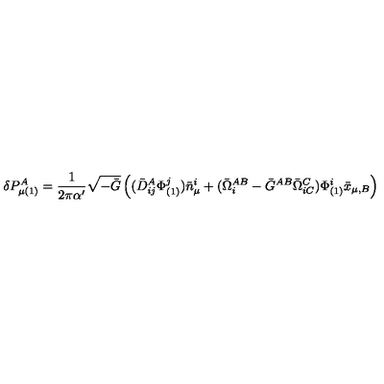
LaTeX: \delta P _ { \mu ( 1 ) } ^ { A } = \frac { 1 } { 2 \pi \alpha ^ { \prime } } \sqrt { - \bar { G } } \left( ( \bar { D } _ { i j } ^ { A } \Phi _ { ( 1 ) } ^ { j } ) \bar { n } _ { \mu } ^ { i } + ( \bar { \Omega } _ { i } ^ { A B } - \bar { G } ^ { A B } \bar { \Omega } _ { i C } ^ { C } ) \Phi _ { ( 1 ) } ^ { i } \bar { x } _ { \mu , B } \right)